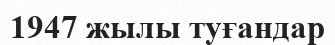
1947 жылы туғандар